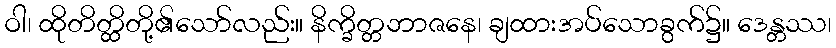
ဝါ၊ ထိုတိတ္ထိတို့၏သော်လည်း။ နိက္ခိတ္တဘာဇနေ၊ ချထားအပ်သောခွက်၌။ ဒေန္တဿ၊